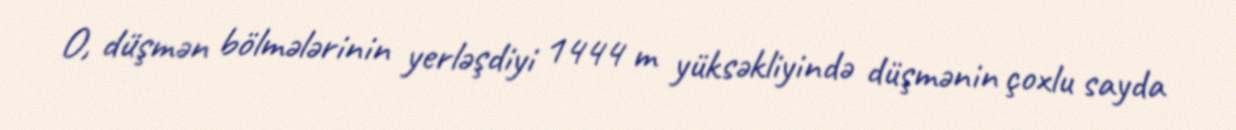
O, düşmən bölmələrinin yerləşdiyi 1444 m yüksəkliyində düşmənin çoxlu sayda